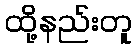
ထို့နည်းတူ